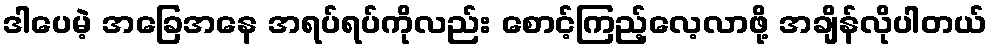
ဒါပေမဲ့ အခြေအနေ အရပ်ရပ်ကိုလည်း စောင့်ကြည့်လေ့လာဖို့ အချိန်လိုပါတယ်